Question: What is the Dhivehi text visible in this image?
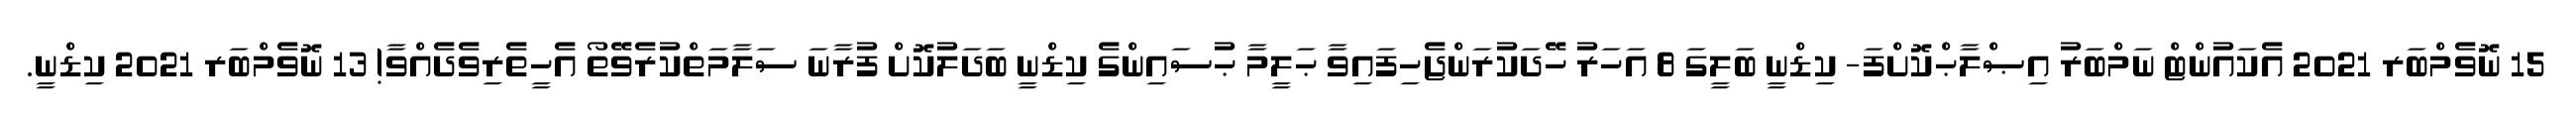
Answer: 15 ނޮވެމްބަރ 2021 އެކައުންޓް ނަމްބަރު އިޞްލާޙްކޮށްފަ- ކިޑްނީ ބަލީގަ 8 އަހަރު ހޭދަކުރަންޖެހިފައިވާ ޙަލީމާ ޙުސައިންގެ ކިޑްނީ ބަދަލުކޮށް ފުރާނަ ސަލާމަތްކުރެވޭތޯ އެހީތެރިވެދެއްވާ! 13 ނޮވެމްބަރ 2021 ކިޑްނީ.